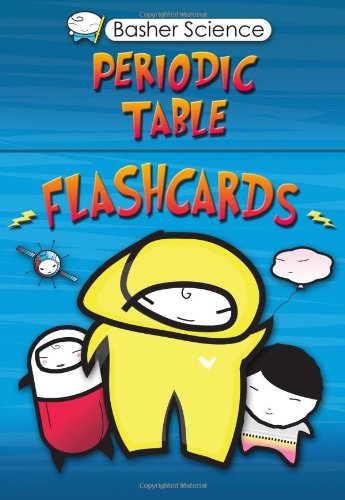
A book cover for Basher Flashcards: Periodic Table (Basher Science); Simon Basher; Children's Books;